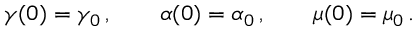
\gamma ( 0 ) = \gamma _ { 0 } \, , \qquad \alpha ( 0 ) = \alpha _ { 0 } \, , \qquad \mu ( 0 ) = \mu _ { 0 } \, .